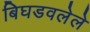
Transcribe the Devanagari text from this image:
बिघडवलेले